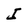
Character: I